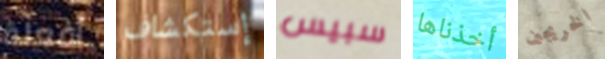
أفعلة إستكشاف سبيس أخذناها الخريجين